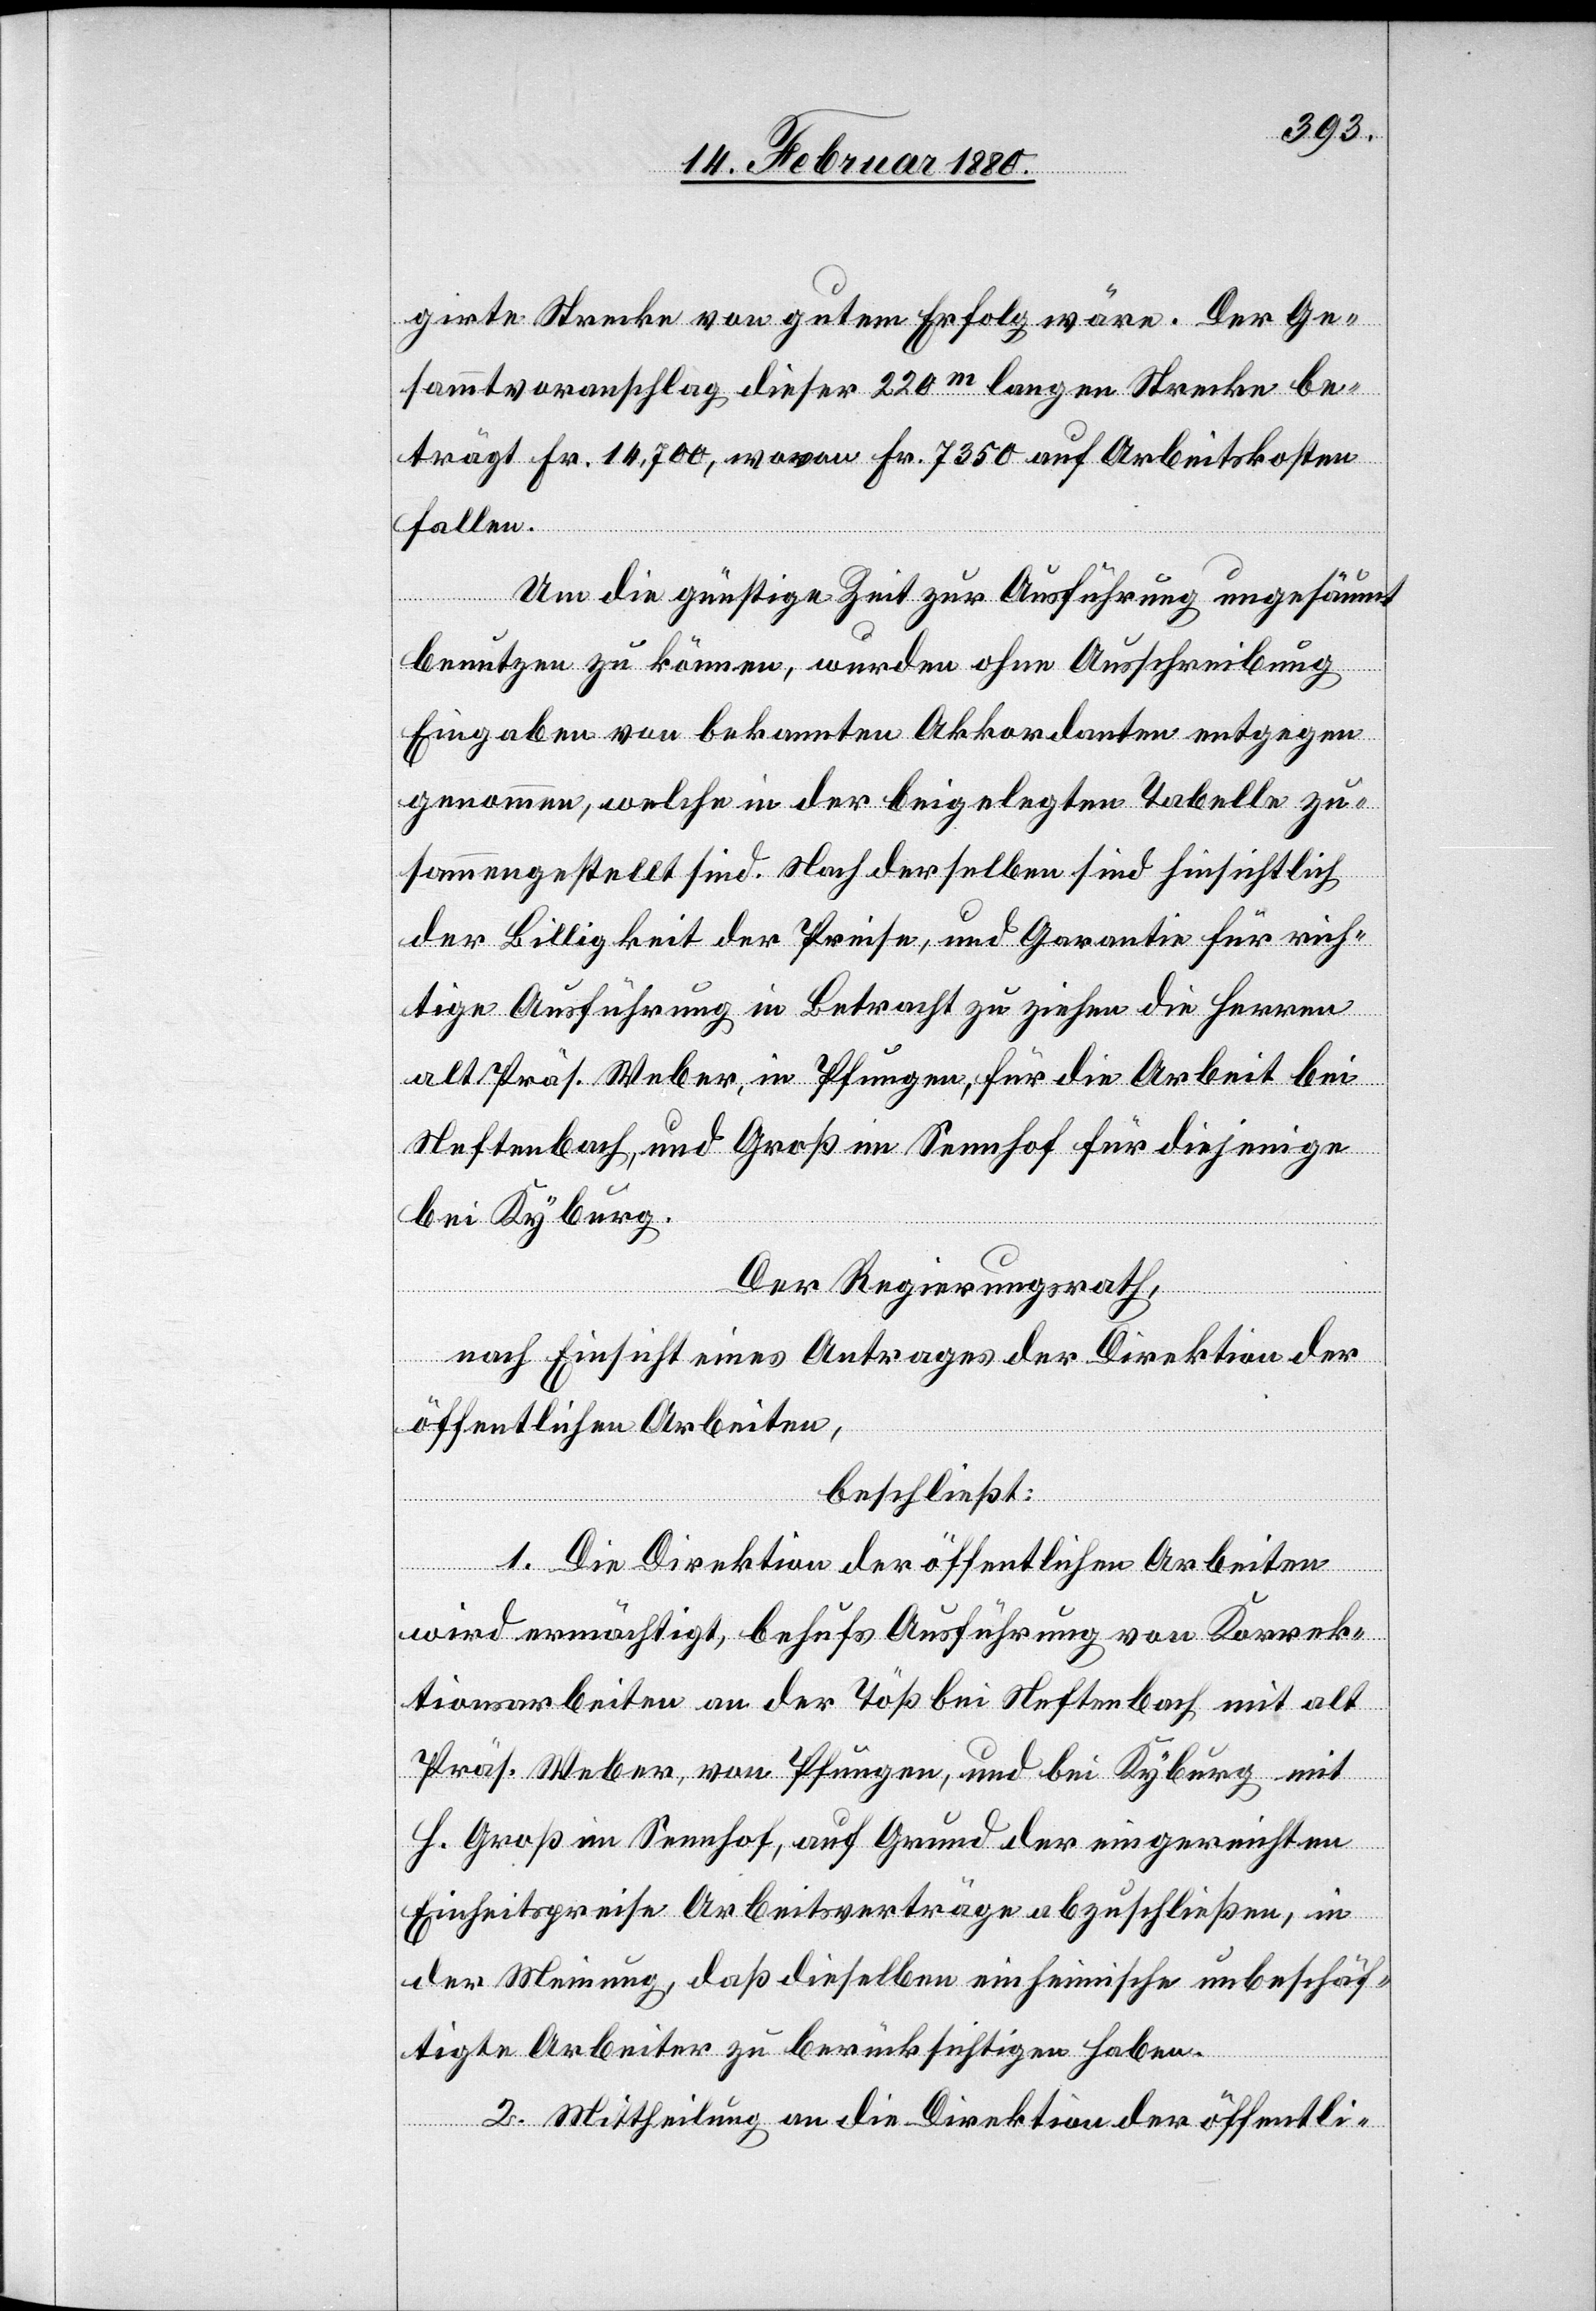
girte Strecke von gutem Erfolg wäre. Der Ge¬
sammtvoranschlag dieser 220m langen Strecke be¬
trägt Fr. 14 700, wovon Fr. 7350 auf Arbeitskosten
fallen.
Um die günstige Zeit zur Ausführung ungesäumt
benutzen zu können, wurden ohne Ausschreibung
Eingaben von bekannten Akkordanten entgegen¬
genommen, welche in der beigelegten Tabelle zu¬
sammengestellt sind. Nach derselben sind hinsichtlich
der Billigkeit der Preise, und Garantie für rich¬
tige Ausführung in Betracht zu ziehen die Herren
alt Präs. Weber, in Pfungen, für die Arbeit bei
Neftenbach und Groß im Sennhof für diejenige
bei Kyburg.
Der Regierungsrath,
nach Einsicht eines Antrages der Direktion der
öffentlichen Arbeiten,
beschließt:
1. Die Direktion der öffentlichen Arbeiten
wird ermächtigt, behufs Ausführung von Korrek¬
tionsarbeiten an der Töß bei Neftenbach mit alt
Präs. Weber, von Pfungen, und bei Kyburg mit
H. Groß im Sennhof, auf Grund der eingereichten
Einheitspreise Arbeitsverträge abzuschließen, in
der Meinung, daß dieselben einheimische unbeschäf¬
tigte Arbeiter zu berücksichtigen haben.
2. Mittheilung an die Direktion der öffentli-